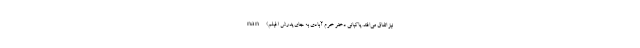
نیز اتفاق می‌افتد. پاکبانی دختر خرم آبادی به جای پدرش (فیلم) nan